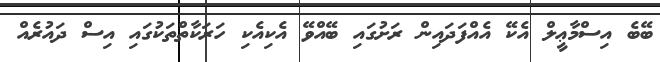
ބޭބެ އިސްމާޢީލް އެކޭ އެއްފަދައިން ރަށުގައި ބޭއްވޭ އެކިއެކި ހަރަކާތްތަކުގައި އިސް ދައުރެއް